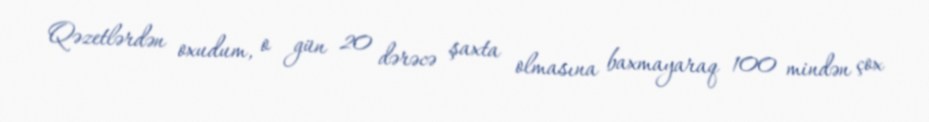
Qəzetlərdən oxudum, o gün 20 dərəcə şaxta olmasına baxmayaraq 100 mindən çox